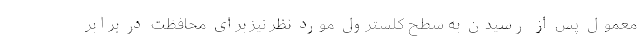
معمول پس از رسیدن به سطح کلسترول مورد نظر نیز برای محافظت در برابر